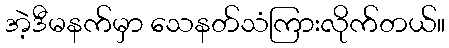
အဲ့ဒီမနက်မှာ သေနတ်သံကြားလိုက်တယ်။